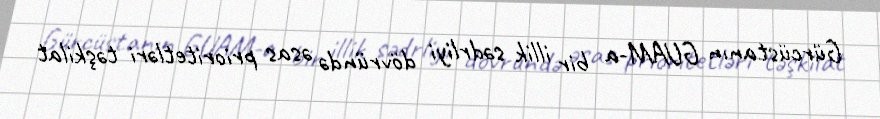
Gürcüstanın GUAM-a bir illik sədrliyi dövründə əsas prioritetləri təşkilat